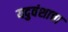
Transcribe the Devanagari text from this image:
यदुवंशाचा